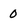
Character: 0